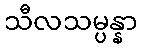
သီလသမ္ပန္နာ